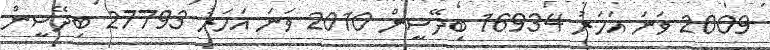
2009 ވަނަ އަހަރު 16934 ބިދޭސީން 2010 ވަނަ އަހަރު 27793 ބިދޭސީން